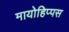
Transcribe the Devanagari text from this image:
मायोहिप्पस